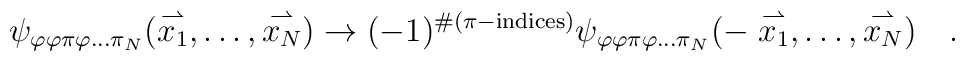
\psi_{\varphi\varphi\pi\varphi\ldots\pi_N}	(\stackrel{\rightharpoonup}{x_1},\ldots,	 \stackrel{\rightharpoonup}{x_N})\rightarrow 	(-1)^{\#(\pi-{\rm indices})}\psi_{\varphi\varphi\pi\varphi\ldots\pi_N}	(-\stackrel{\rightharpoonup}{x_1},\ldots,	  \stackrel{\rightharpoonup}{x_N}) \ \ \ .